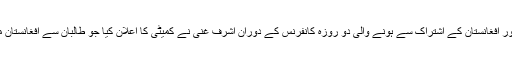
رپورٹ کے مطابق سوئٹزرلینڈ میں افغان امن عمل کے لیے اقوام متحدہ اور افغانستان کے اشتراک سے ہونے والی دو روزہ کانفرنس کے دوران اشرف غنی نے کمیٹی کا اعلان کیا جو طالبان سے افغانستان میں 17 سالہ جنگ کے خاتمے اور قیام امن کے لیے مذاکرات کرے گی۔